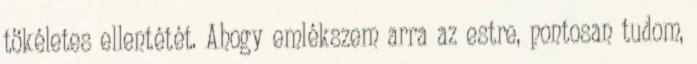
tökéletes ellentétét. Ahogy emlékszem arra az estre, pontosan tudom,